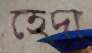
হেদা